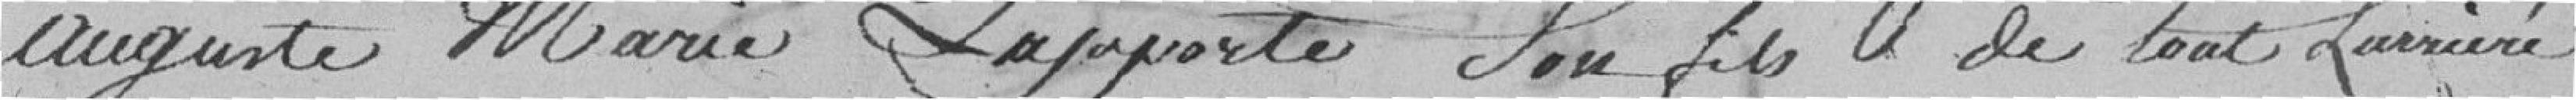
Auguste Marie Lapporte son fils de tout l'arriéré